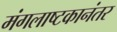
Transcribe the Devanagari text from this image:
मंगलाष्टकानंतर